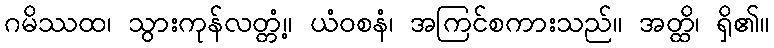
ဂမိဿထ၊ သွားကုန်လတ္တံ့။ ယံဝစနံ၊ အကြင်စကားသည်။ အတ္ထိ၊ ရှိ၏။